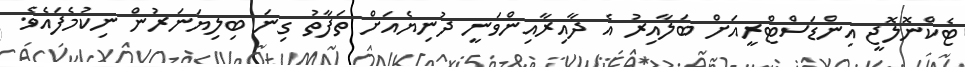
ޓެކްނޮލޮޖީ އިންޑަސްޓްރީއަށް ބަލާއިރު އެ ދާއިރާއިންވަނީ ދުނިޔެއަށް ތަފާތު ގިނަ ބިލިޔަނަރުން ނިކުމެފައެވެ.